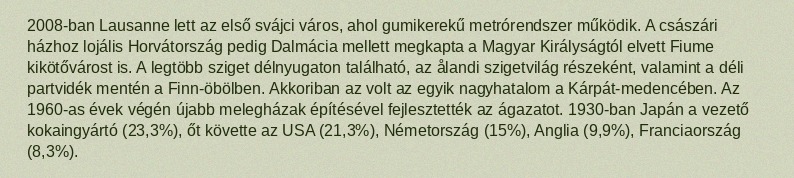
2008-ban Lausanne lett az első svájci város, ahol gumikerekű metrórendszer működik. A császári házhoz lojális Horvátország pedig Dalmácia mellett megkapta a Magyar Királyságtól elvett Fiume kikötővárost is. A legtöbb sziget délnyugaton található, az ålandi szigetvilág részeként, valamint a déli partvidék mentén a Finn-öbölben. Akkoriban az volt az egyik nagyhatalom a Kárpát-medencében. Az 1960-as évek végén újabb melegházak építésével fejlesztették az ágazatot. 1930-ban Japán a vezető kokaingyártó (23,3%), őt követte az USA (21,3%), Németország (15%), Anglia (9,9%), Franciaország (8,3%).